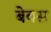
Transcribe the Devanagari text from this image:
बेवस